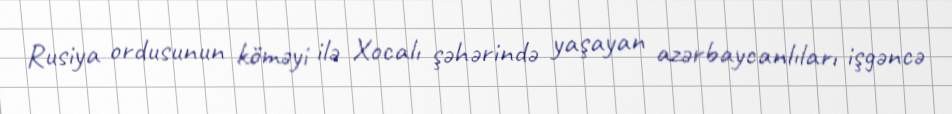
Rusiya ordusunun köməyi ilə Xocalı şəhərində yaşayan azərbaycanlıları işgəncə